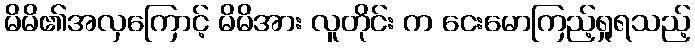
မိမိ၏အလှကြောင့် မိမိအား လူတိုင်း က ငေးမောကြည့်ရှုရသည့်